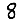
Digit: 8